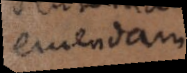
eruendam